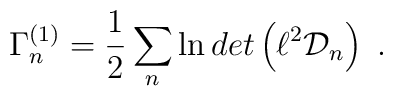
\Gamma^{(1)}_n = {1 \over 2} \sum_n  \ln det \left( \ell^2 {\cal	D}_{n}  	\right)~.